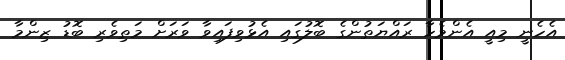
އެހެނީ މިއީ އެންމެހާ ރައްޔަތުންގެ ބޮލުގައި އެޅުވިފައިވާ ވަރަށް މަތިވެރި ބޮޑު ޒިންމާ